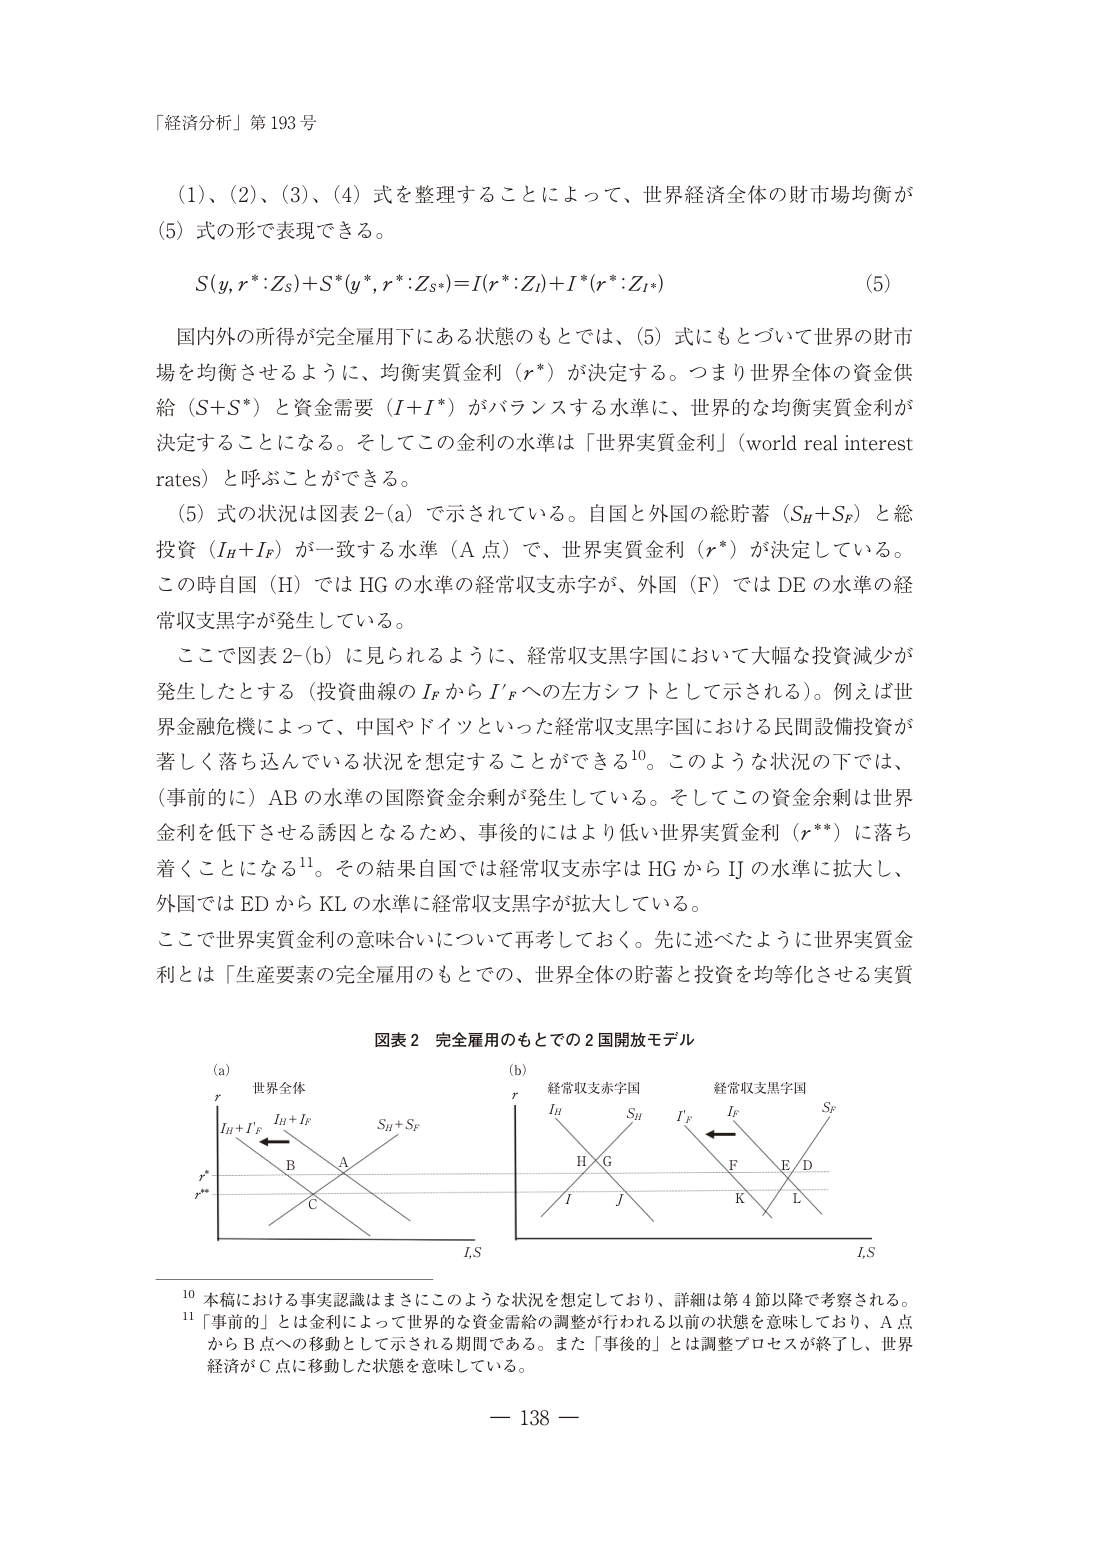
「経済分析」第193号

（1）、（2）、（3）、（4）式を整理することによって、世界経済全体の財市場均衡が
（5）式の形で表現できる。

S(y, r*:Zs)+S*(y*, r*:Zs*)=I(r*:ZI)+I*(r*:ZI*)　　（5）

国内外の所得が完全雇用下にある状態のもとでは、（5）式にもとづいて世界の財市
場を均衡させるように、均衡実質金利（r*）が決定する。つまり世界全体の資金供
給（S+S*）と資金需要（I+I*）がバランスする水準に、世界的な均衡実質金利が
決定することになる。そしてこの金利の水準は「世界実質金利」（world real interest
rates）と呼ぶことができる。

（5）式の状況は図表2-(a)で示されている。自国と外国の総貯蓄（SH+SF）と総
投資（IH+IF）が一致する水準（A点）で、世界実質金利（r*）が決定している。
この時自国（H）ではHGの水準の経常収支赤字が、外国（F）ではDEの水準の経
常収支黒字が発生している。

ここで図表2-(b)に見られるように、経常収支黒字国において大幅な投資減少が
発生したとする（投資曲線のIFからI'Fへの左方シフトとして示される）。例えば世
界金融危機によって、中国やドイツといった経常収支黒字国における民間設備投資が
著しく落ち込んでいる状況を想定することができる10。このような状況の下では、
（事前的に）ABの水準の国際資金余剰が発生している。そしてこの資金余剰は世界
金利を低下させる誘因となるため、事後的にはより低い世界実質金利（r**）に落ち
着くことになる11。その結果自国では経常収支赤字はHGからIJの水準に拡大し、
外国ではEDからKLの水準に経常収支黒字が拡大している。

ここで世界実質金利の意味合いについて再考しておく。先に述べたように世界実質金
利とは「生産要素の完全雇用のもとでの、世界全体の貯蓄と投資を均等化させる実質

図表2　完全雇用のもとでの2国開放モデル

(a)　世界全体　　　　　　　　　　　(b)　経常収支赤字国　　　経常収支黒字国
　　r　　　　　　　　　　　　　　　　r
　　IH+IF　IH+IF　　　　　　　　　　IH　　　SH　　　　　　IF　　　IF　　　　SF
　　　　　　B　　　A　　　　　　　　H　G　　　　　　　　F　　　E　D
　　r*　　　　　　　　　　　　　　　　I　　　J　　　　　　　　K　　　L
　　r**
　　　　　　　　　　　　　　　　　　I,S　　　　　　　　　　I,S

10 本稿における事実認識はまさにこのような状況を想定しており、詳細は第4節以降で考察される。
11 「事前的」とは金利によって世界的な資金需給の調整が行われる以前の状態を意味しており、A点
　からB点への移動として示される期間である。また「事後的」とは調整プロセスが終了し、世界
　経済がC点に移動した状態を意味している。

— 138 —